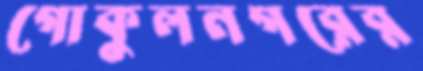
গোকুলনগরের